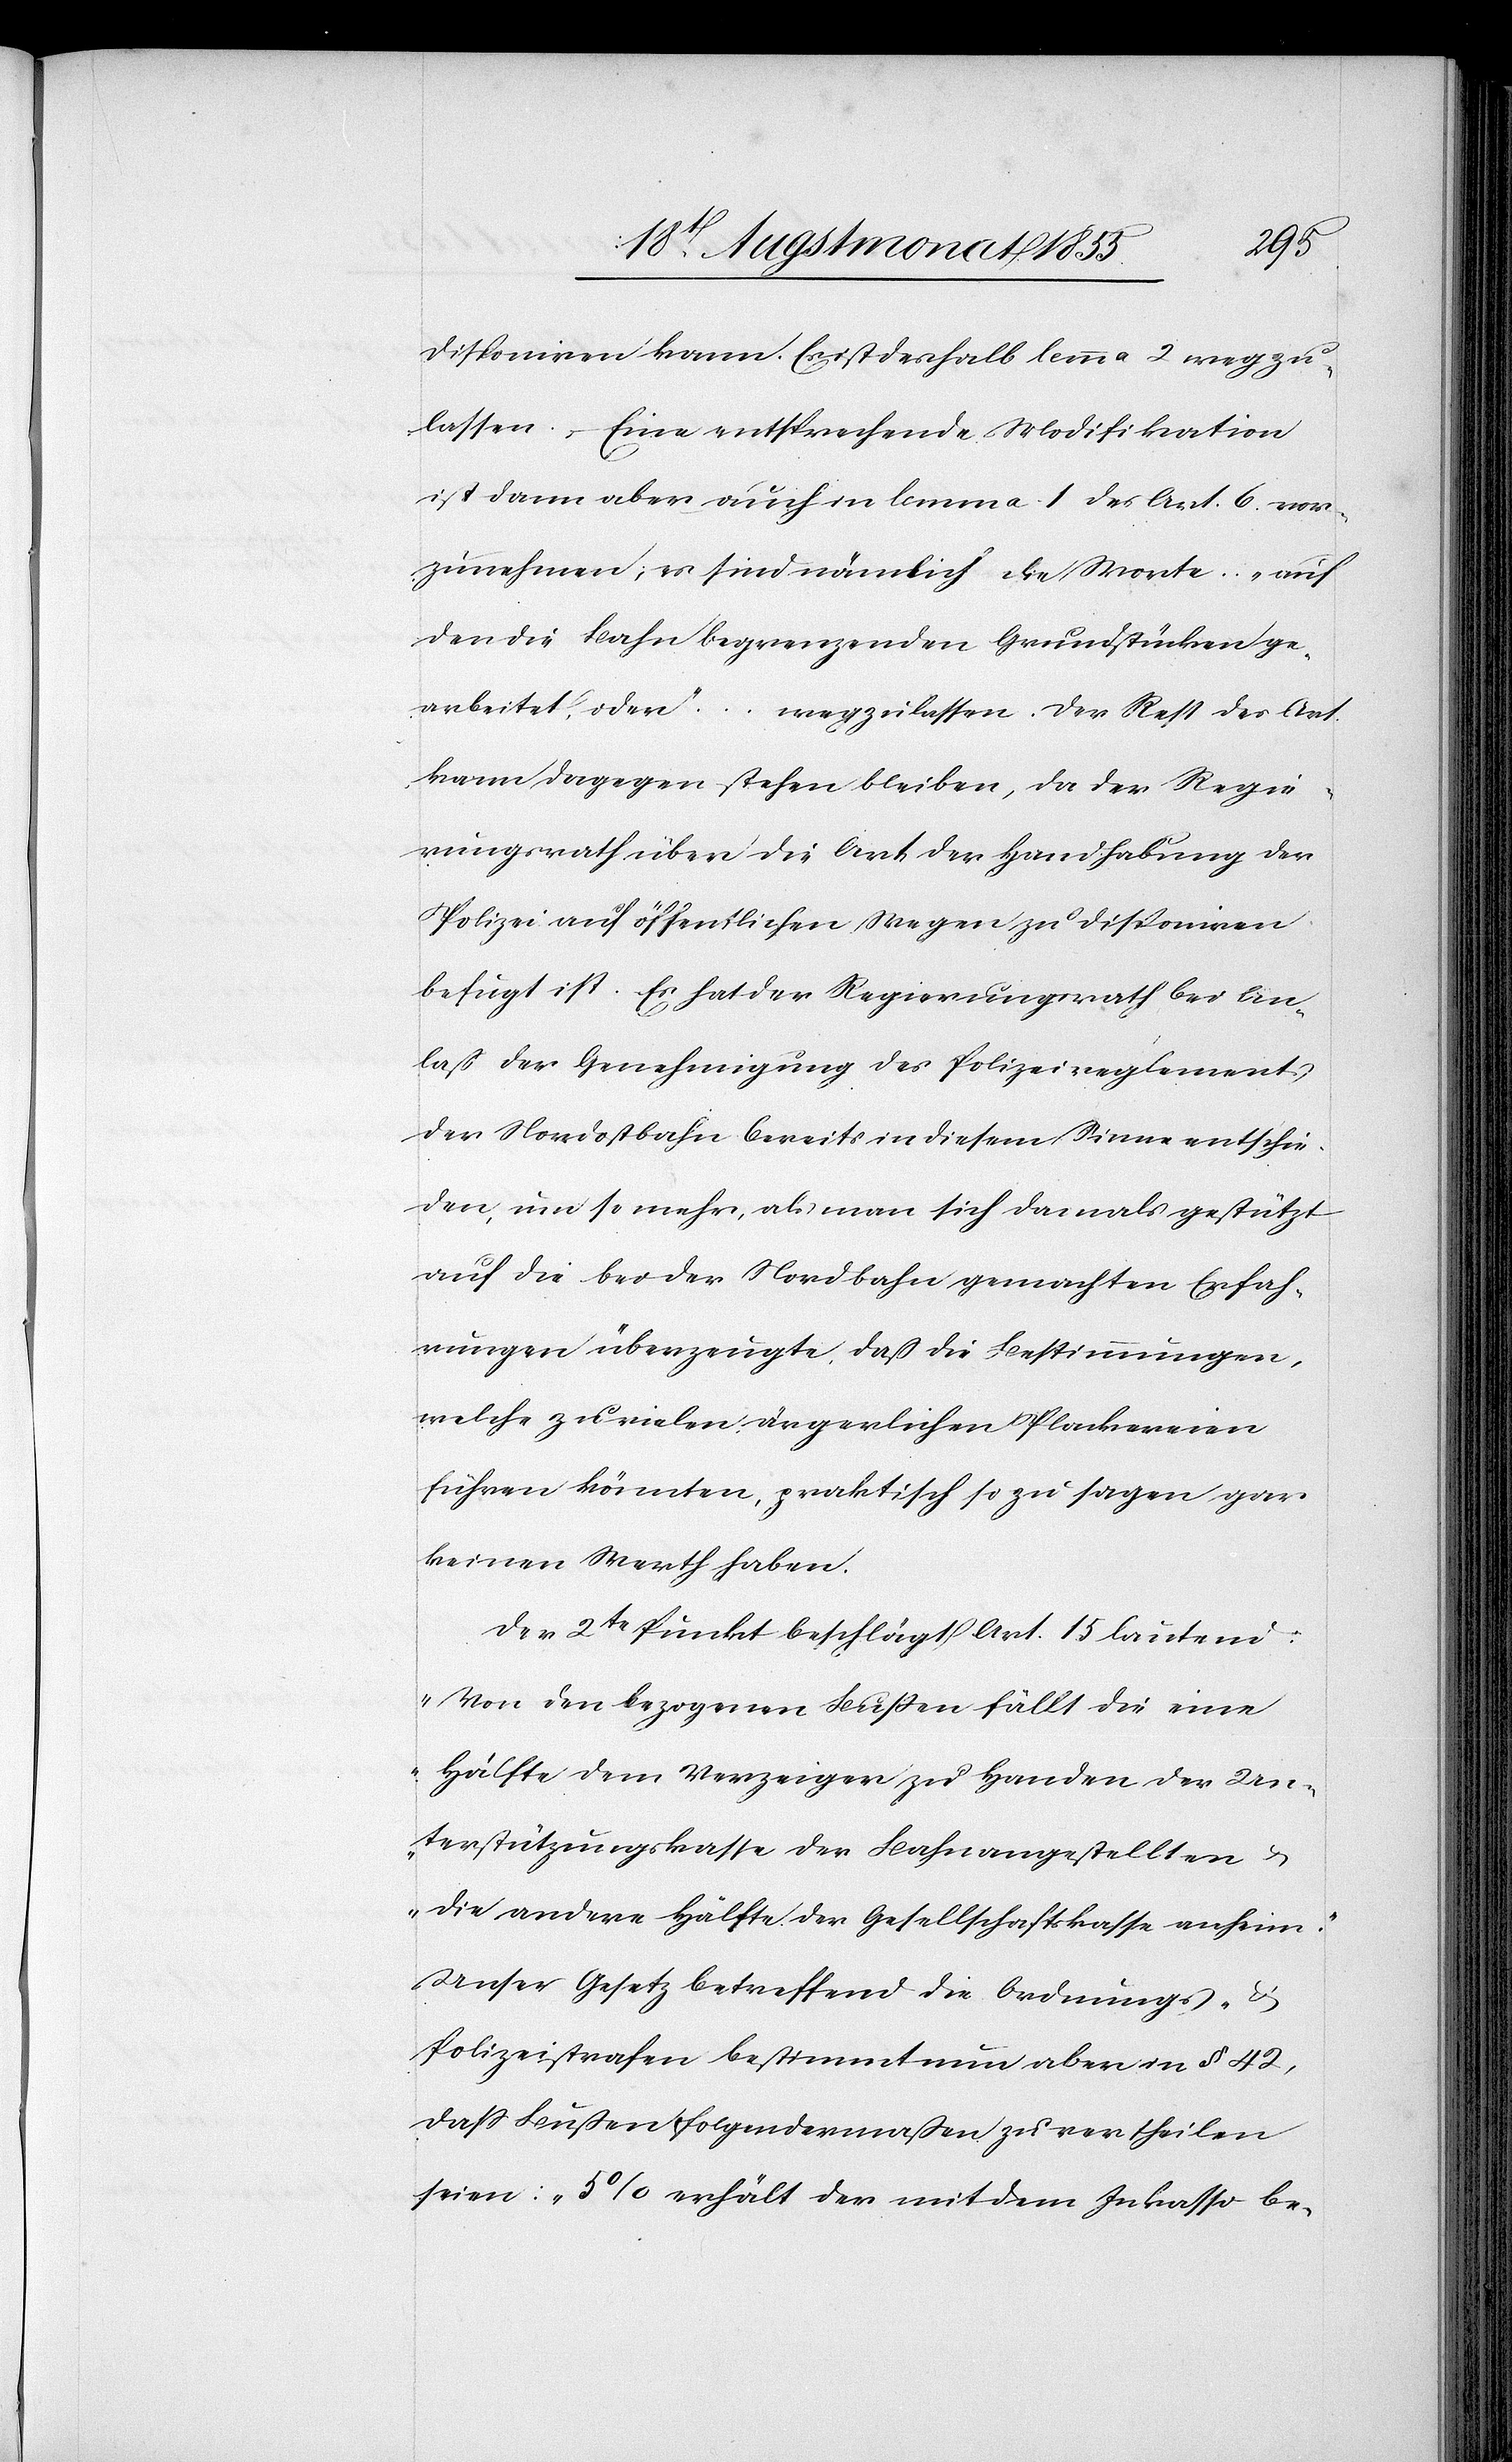
disponiren kann. Es ist deshalb lemma 2 wegzu¬
lassen. – Eine entsprechende Modifikation
ist dann aber auch in lemma 1 des Art. 6. vor¬
zunehmen; es sind nämlich die Worte: … „auf
den die Bahn begrenzenden Grundstücken ge¬
arbeitet, oder“ … wegzulassen. Der Rest des Art.
kann dagegen stehen bleiben, da der Regie¬
rungsrath über die Art der Handhabung der
Polizei auf öffentlichen Wegen zu disponiren
befugt ist. Es hat der Regierungsrath bei An¬
laß der Genehmigung des Polizeireglements
der Nordostbahn bereits in diesem Sinne entschie¬
den, um so mehr, als man sich damals gestützt
auf die bei der Nordbahn gemachten Erfah¬
rungen überzeugte, daß die Bestimmungen,
welche zu vielen ärgerlichen Plackereien
führen könnten, praktisch so zu sagen gar
keinen Werth haben.
Der 2te Punkt beschlägt Art. 15 lautend:
„Von den bezogenen Bußen fällt die eine
Hälfte dem Verzeiger zu Handen der Un¬
terstützungskasse der Bahnangestellten &
die andere Hälfte der Gesellschaftskasse anheim.“
Unser Gesetz betreffend die Ordnungs-
Polizeistrafen bestimmt nun aber in § 42,
dass Bußen folgendermaßen zu vertheilen
seien: „5% erhält der mit dem Inkasso be-